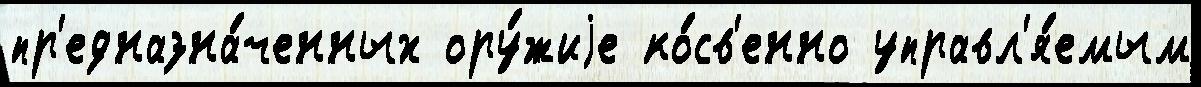
пр'едназна́ченных ору́жиjе ко́св'енно управл'я́емым